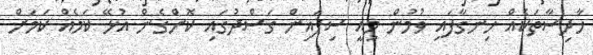
ހާދިސާތަކެއް ހިނގާފައި ވުމުން މިއީ ސިފައިން ގަސްދުގައި ކޮށްގެން އުޅޭ ކަމެއް ކަމަށް